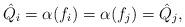
LaTeX: \begin{align*} \hat Q_i = \alpha(f_i) = \alpha(f_j) = \hat Q_j,\end{align*}